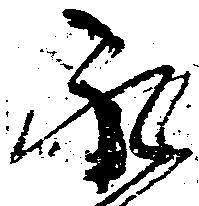
永